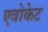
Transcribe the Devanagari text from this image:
एवोकेट